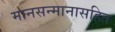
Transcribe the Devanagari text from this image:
मानसन्मानासहित